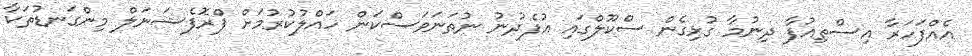
އެއްފަހަރާ އިސްތިއުފާ ދިނުމާ ގުޅިގެން ސްކޫލްގައި އުފެދުނު ނުތަނަވަސްކަން ހައްލުކުރުމަށް ޕްރޮފެޝަނަލް މިންގަނޑުތަކާ